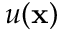
u ( \mathbf { x } )